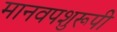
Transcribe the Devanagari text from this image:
मानवपशुरूपी